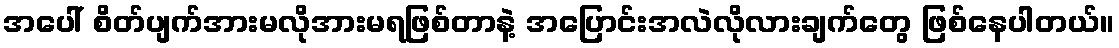
အပေါ် စိတ်ပျက်အားမလိုအားမရဖြစ်တာနဲ့ အပြောင်းအလဲလိုလားချက်တွေ ဖြစ်နေပါတယ်။